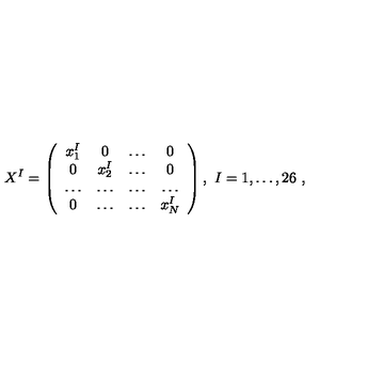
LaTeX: X ^ { I } = \left( \begin{array} { c c c c } { x _ { 1 } ^ { I } } & { 0 } & { \dots } & { 0 } \\ { 0 } & { x _ { 2 } ^ { I } } & { \dots } & { 0 } \\ { \dots } & { \dots } & { \dots } & { \dots } \\ { 0 } & { \dots } & { \dots } & { x _ { N } ^ { I } } \\ \end{array} \right) , \ I = 1 , \dots , 2 6 \ ,